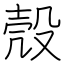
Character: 殼